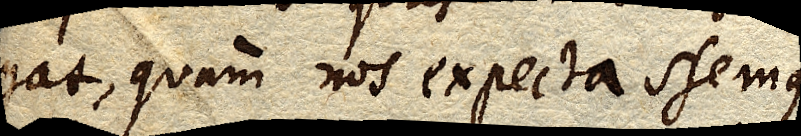
cogat, quam nos expectassemus.